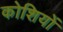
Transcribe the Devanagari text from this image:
कोशियों